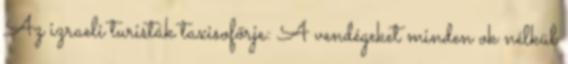
Az izraeli turisták taxisofőrje: A vendégeket minden ok nélkül